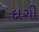
દાગી